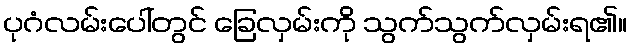
ပုဂံလမ်းပေါ်တွင် ခြေလှမ်းကို သွက်သွက်လှမ်းရ၏။